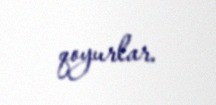
qoyurlar.